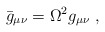
\begin{align*}\bar{g}_{\mu\nu} =\Omega^2 g_{\mu\nu}~, \end{align*}